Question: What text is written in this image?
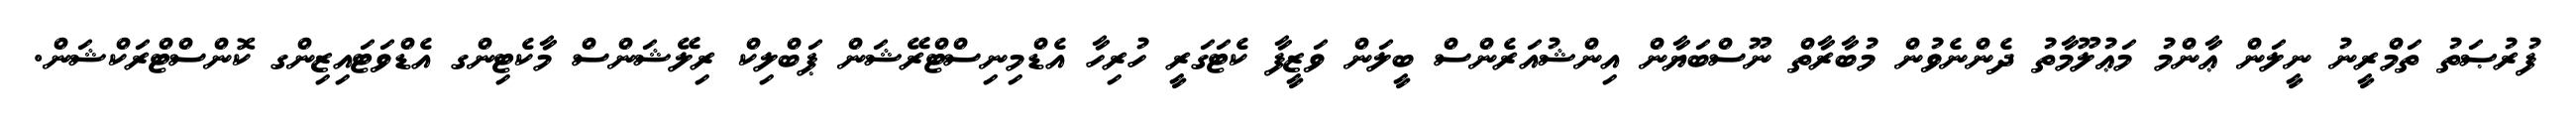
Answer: ފުރުޞަތު ތަމްރީނު ނީލަން ޢާންމު މަޢުލޫމާތު ދެންނެވުން މުބާރާތް ނޫސްބަޔާން އިންޝުއަރެންސް ބީލަން ވަޒީފާ ކެޓަގަރީ ހުރިހާ އެޑްމިނިސްޓްރޭޝަން ޕަބްލިކް ރިލޭޝަންސް މާކެޓިންގ އެޑްވަޓައިޒިންގ ކޮންސްޓްރަކްޝަން.